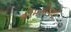
જોમસોમથી